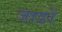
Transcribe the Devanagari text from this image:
जाङों